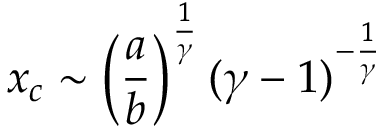
x _ { c } \sim \left( \frac { a } { b } \right) ^ { \frac { 1 } { \gamma } } ( \gamma - 1 ) ^ { - \frac { 1 } { \gamma } }